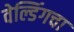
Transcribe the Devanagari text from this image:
वेल्डिंगचा